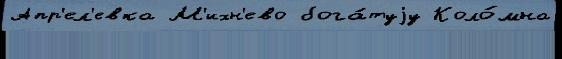
Апр'ел'евка М'ихн'ево бога́туjу Коло́мна